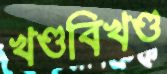
খণ্ডবিখণ্ড